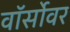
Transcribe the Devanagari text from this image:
वॉर्सोवर